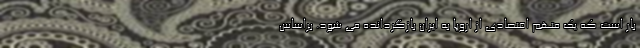
بار است که یک متهم اقتصادی از اروپا به ایران بازگردانده می شود. براساس